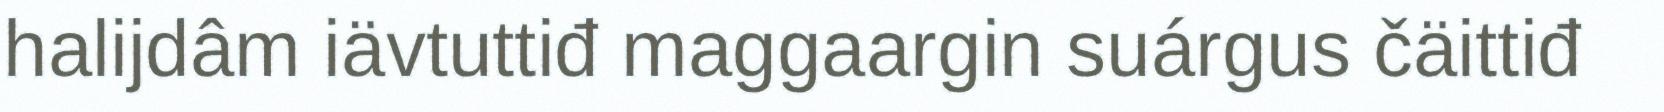
halijdâm iävtuttiđ maggaargin suárgus čäittiđ